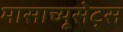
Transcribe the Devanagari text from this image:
मासाच्यूसेट्स